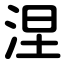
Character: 涅